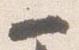
一